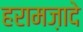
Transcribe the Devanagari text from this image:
हरामज़ादे